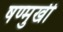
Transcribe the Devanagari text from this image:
षण्मुखी